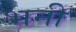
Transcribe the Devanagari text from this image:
भनी